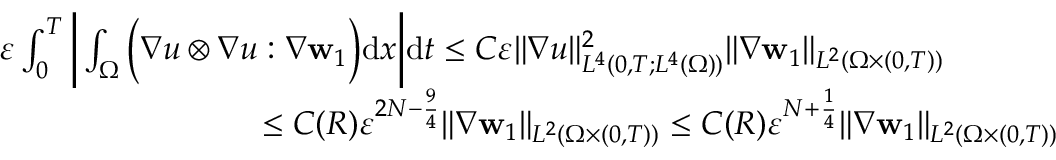
\begin{array} { r l } & { \varepsilon \int _ { 0 } ^ { T } \bigg | \int _ { \Omega } \bigg ( \nabla u \otimes \nabla u : \nabla \mathbf { w } _ { 1 } \bigg ) \mathrm { d } x \bigg | \mathrm { d } t \leq C \varepsilon \| \nabla u \| _ { L ^ { 4 } ( 0 , T ; L ^ { 4 } ( \Omega ) ) } ^ { 2 } \| \nabla \mathbf { w } _ { 1 } \| _ { L ^ { 2 } ( \Omega \times ( 0 , T ) ) } } \\ & { \qquad \qquad \qquad \qquad \leq C ( R ) \varepsilon ^ { 2 N - \frac { 9 } { 4 } } \| \nabla \mathbf { w } _ { 1 } \| _ { L ^ { 2 } ( \Omega \times ( 0 , T ) ) } \leq C ( R ) \varepsilon ^ { N + \frac { 1 } { 4 } } \| \nabla \mathbf { w } _ { 1 } \| _ { L ^ { 2 } ( \Omega \times ( 0 , T ) ) } } \end{array}